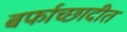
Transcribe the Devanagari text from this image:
बर्फाच्छादीत